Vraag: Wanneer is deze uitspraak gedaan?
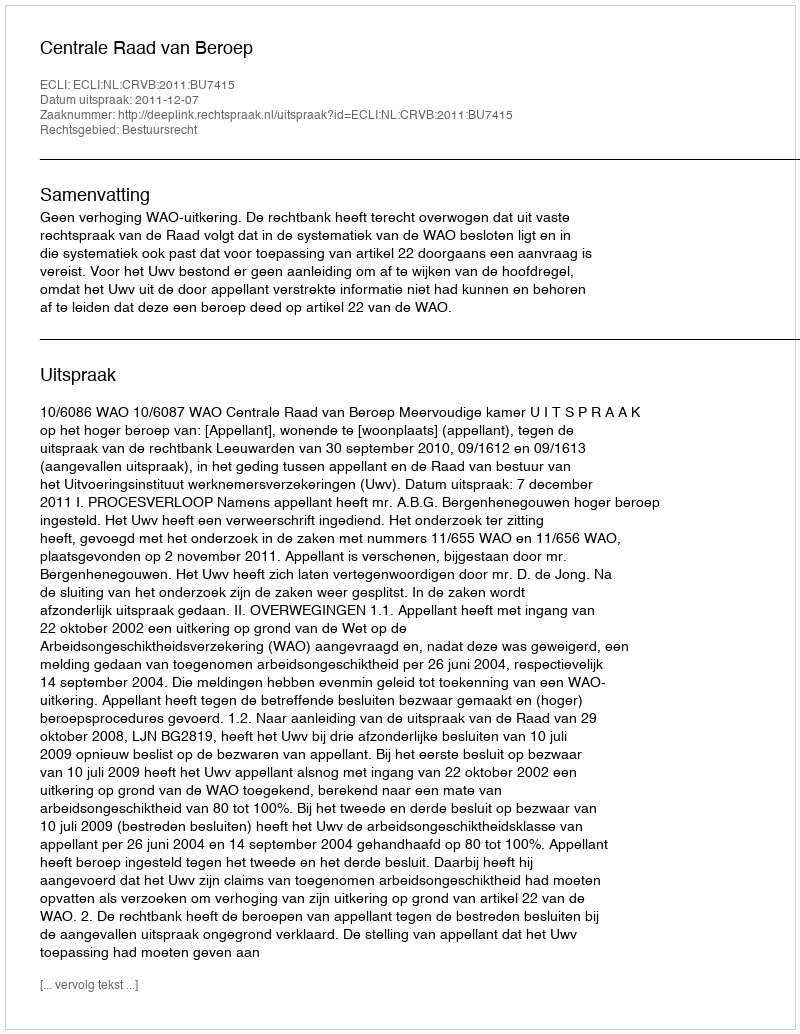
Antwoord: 2011-12-07